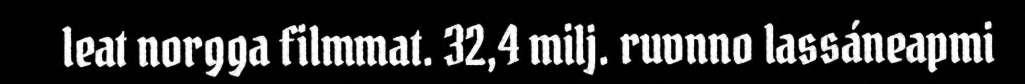
leat norgga filmmat. 32,4 milj. ruvnno lassáneapmi